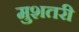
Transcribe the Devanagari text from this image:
मुशतरी